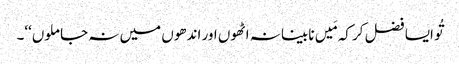
تُو ایسا فضل کر کہ مَیں نابینا نہ اٹھوں اور اندھوں میں نہ جا ملوں‘‘۔